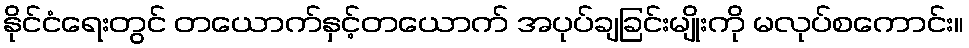
နိုင်ငံရေးတွင် တယောက်နှင့်တယောက် အပုပ်ချခြင်းမျိုးကို မလုပ်စကောင်း။